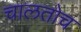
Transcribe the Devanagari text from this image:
चालतोच